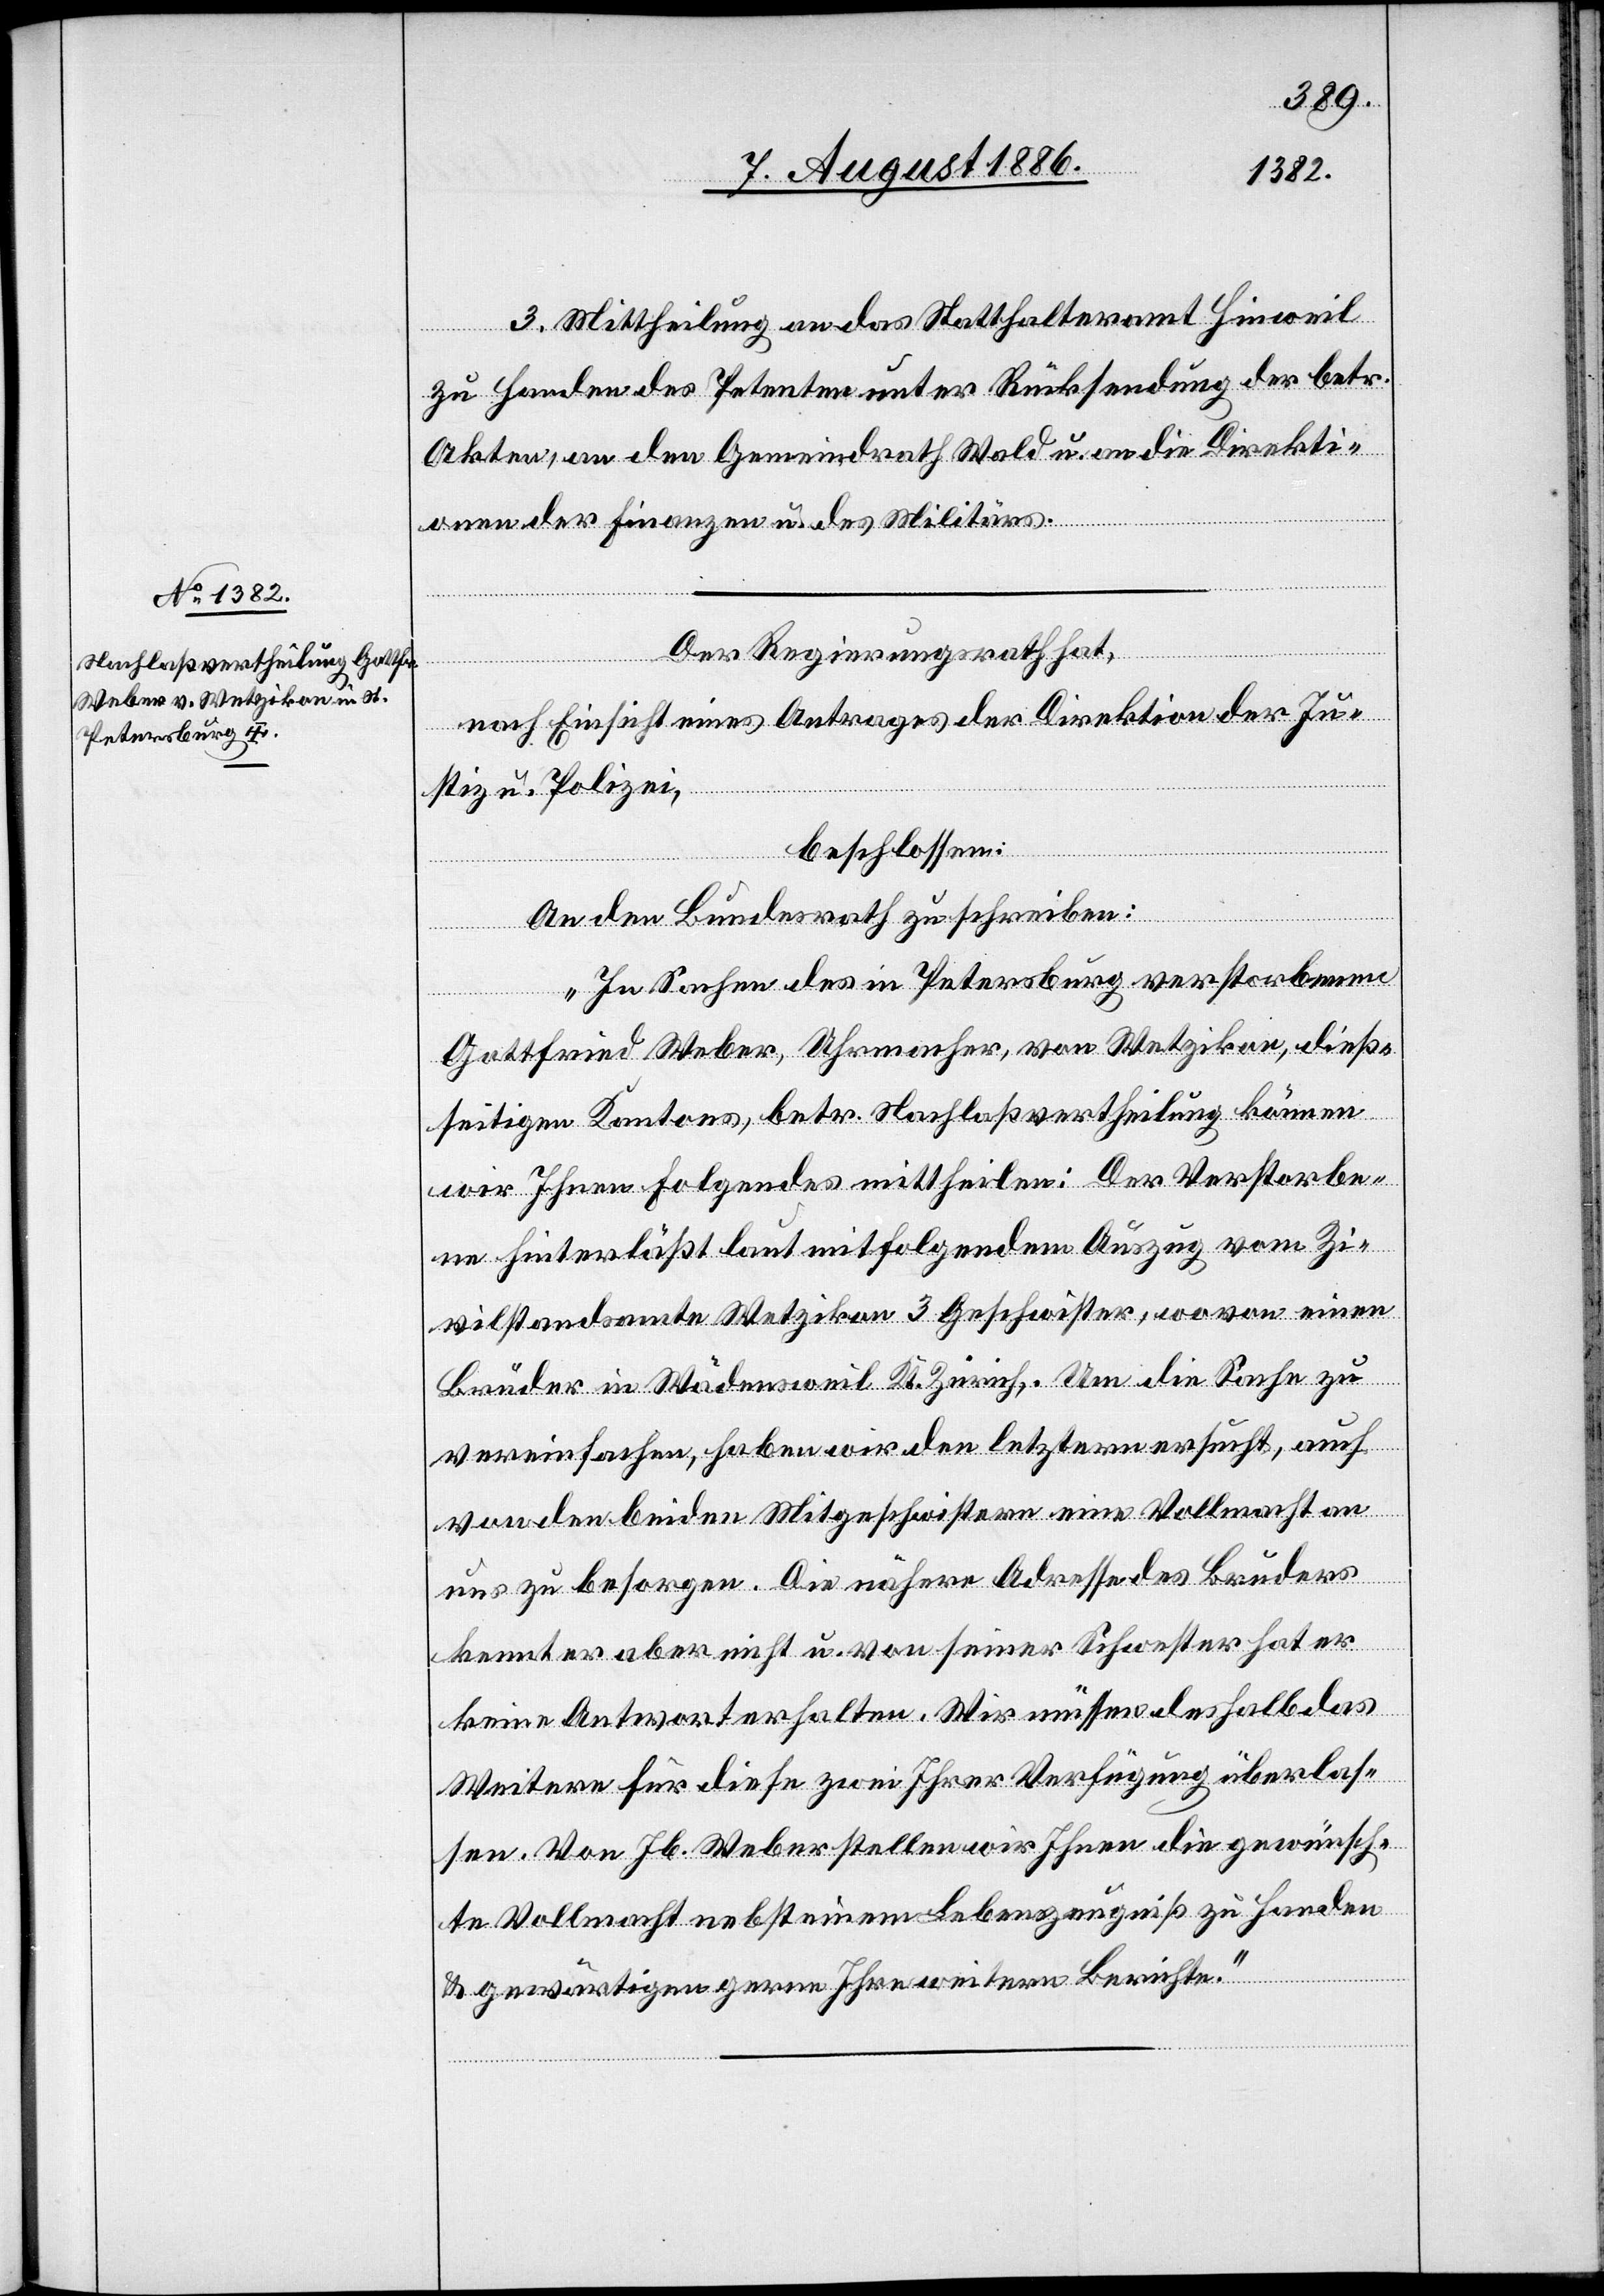
3. Mittheilung an das Statthalteramt Hinweil
zu Handen des Petenten unter Rücksendung der betr.
Akten, an den Gemeindrath Wald u. an die Direkti¬
on der Finanzen u. des Militärs.
Der Regierungsrath hat,
nach Einsicht eines Antrages der Direktion der Ju¬
stiz u. Polizei,
beschlossen:
An den Bundesrath zu schreiben:
„In Sachen des in Petersburg verstorbenen
Gottfried Weber, Uhrmacher, von Wetzikon, dieß¬
seitigen Kantons, betr. Nachlaß Vertheilung können
wir Ihnen Folgendes mittheilen: Der Verstorbe¬
ne hinterläßt laut mitfolgendem Auszug vom Zi¬
vilstandsamte Wetzikon 3 Geschwister, wovon einen
Bruder in Wädensweil Kt. Zürich. Um die Sache zu
vereinfachen, haben wir den letztern ersucht, auch
von den beiden Mitgeschwistern eine Vollmacht an
uns zu besorgen. Die nähere Adresse des Bruders
kennt er aber nicht u. von seiner Schwester hat er
keine Antwort erhalten. Wir müssen deshalb das
Weitere für diese zwei Ihrer Verfügung überlas¬
sen. Von Jb. Weber stellen wir Ihnen die gewünsch¬
te Vollmacht nebst einem Lebenszeugniß zu Handen
& gewärtigen gerne Ihre weitern Berichte.“